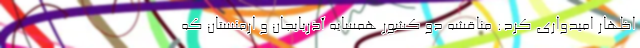
اظهار امیدواری کرد: مناقشه دو کشور همسایه آذربایجان و ارمنستان که